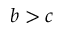
b > c